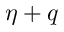
\eta + q